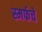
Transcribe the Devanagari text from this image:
स्मर्फचे